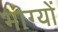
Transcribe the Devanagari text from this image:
भाग्यों